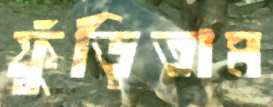
ফুঁড়িতাম